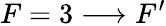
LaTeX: F=3\longrightarrow F^{\prime}